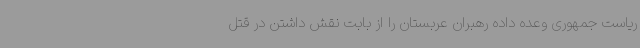
ریاست جمهوری وعده داده رهبران عربستان را از بابت نقش داشتن در قتل